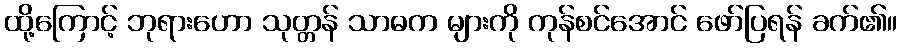
ထို့ကြောင့် ဘုရားဟော သုတ္တန် သာဓက များကို ကုန်စင်အောင် ဖော်ပြရန် ခက်၏။